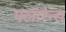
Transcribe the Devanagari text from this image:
फ्लॅारेन्स